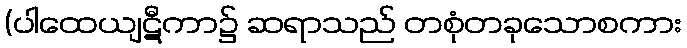
(ပါထေယျဋီကာ၌ ဆရာသည် တစုံတခုသောစကား